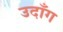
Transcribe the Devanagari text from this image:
उदाँग